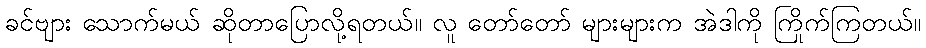
ခင်ဗျား သောက်မယ် ဆိုတာပြောလို့ရတယ်။ လူ တော်တော် များများက အဲဒါကို ကြိုက်ကြတယ်။